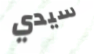
سيدي